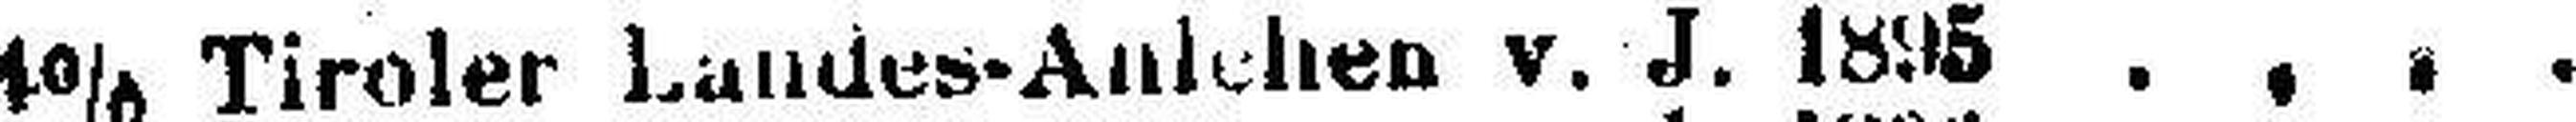
4% Tiroler Landes-Anlehen v. J. 1895